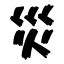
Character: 災